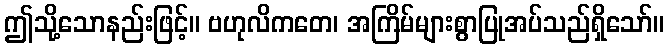
ဤသို့သောနည်းဖြင့်။ ဗဟုလိကတေ၊ အကြိမ်များစွာပြုအပ်သည်ရှိသော်။